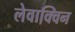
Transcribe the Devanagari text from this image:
लेवाक्विन